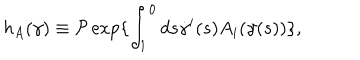
h _ { A } ( \gamma ) \equiv { \cal P } \exp \{ \int _ { 1 } ^ { 0 } d s \dot { \gamma } ^ { i } ( s ) A _ { i } ( \gamma ( s ) ) \} ,